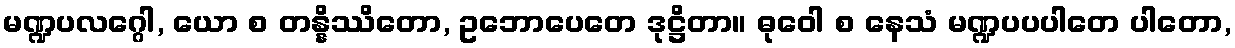
မဏ္ဍပလဂ္ဂေါ, ယော စ တန္နိဿိတော, ဥဘောပေတေ ဒုဋ္ဌိတာ။ ဓုဝေါ စ နေသံ မဏ္ဍပပပါတေ ပါတော,